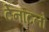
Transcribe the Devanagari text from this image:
टेनटिलो